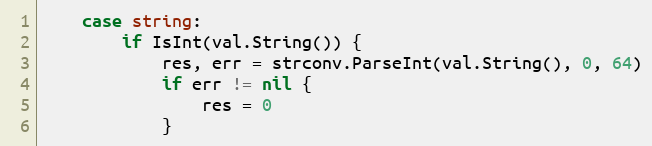
Language: Go
	case string:
		if IsInt(val.String()) {
			res, err = strconv.ParseInt(val.String(), 0, 64)
			if err != nil {
				res = 0
			}